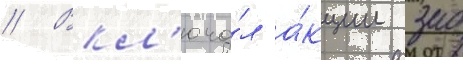
// Вкл'юча́л а́кции зао